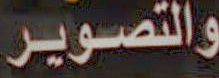
والتصوير